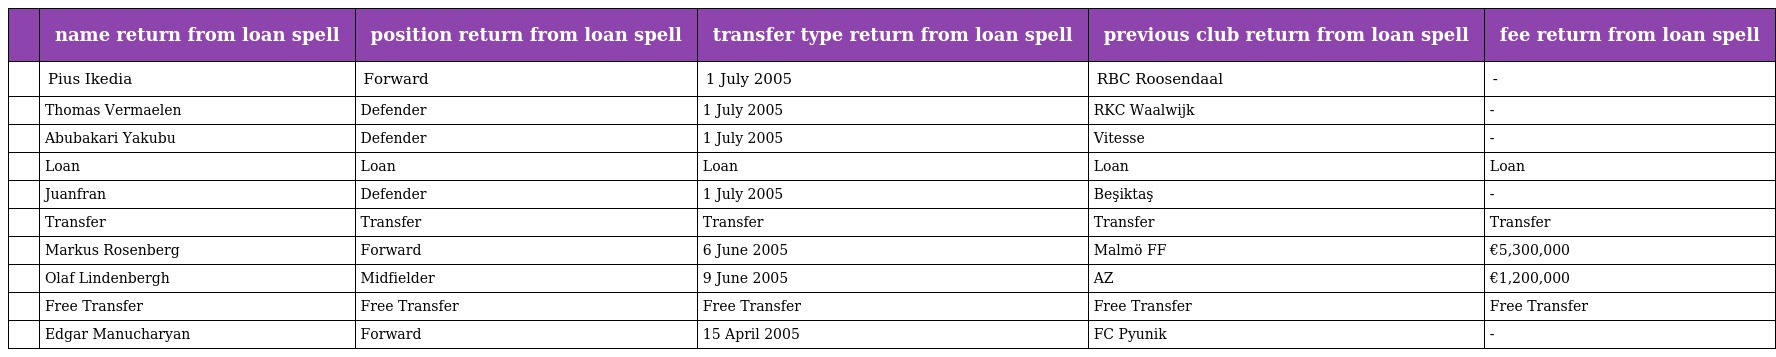
|  | name return from loan spell | position return from loan spell | transfer type return from loan spell | previous club return from loan spell | fee return from loan spell |
 | --- | --- | --- | --- | --- | --- |
 |  | Pius Ikedia | Forward | 1 July 2005 | RBC Roosendaal | - |
 |  | Thomas Vermaelen | Defender | 1 July 2005 | RKC Waalwijk | - |
 |  | Abubakari Yakubu | Defender | 1 July 2005 | Vitesse | - |
 |  | Loan | Loan | Loan | Loan | Loan |
 |  | Juanfran | Defender | 1 July 2005 | Beşiktaş | - |
 |  | Transfer | Transfer | Transfer | Transfer | Transfer |
 |  | Markus Rosenberg | Forward | 6 June 2005 | Malmö FF | €5,300,000 |
 |  | Olaf Lindenbergh | Midfielder | 9 June 2005 | AZ | €1,200,000 |
 |  | Free Transfer | Free Transfer | Free Transfer | Free Transfer | Free Transfer |
 |  | Edgar Manucharyan | Forward | 15 April 2005 | FC Pyunik | - |